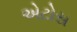
એટોસ